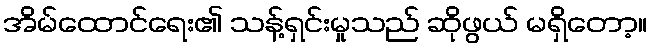
အိမ်ထောင်ရေး၏ သန့်ရှင်းမှုသည် ဆိုဖွယ် မရှိတော့။